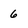
Character: 6